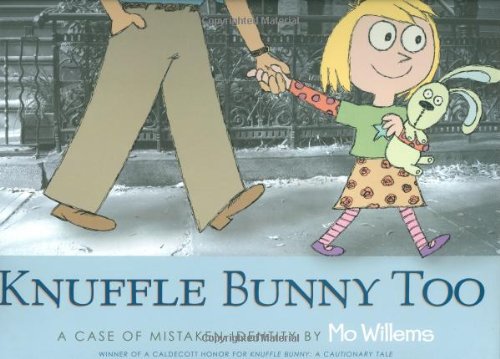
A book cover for Knuffle Bunny Too: A Case of Mistaken Identity; Mo Willems; Children's Books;